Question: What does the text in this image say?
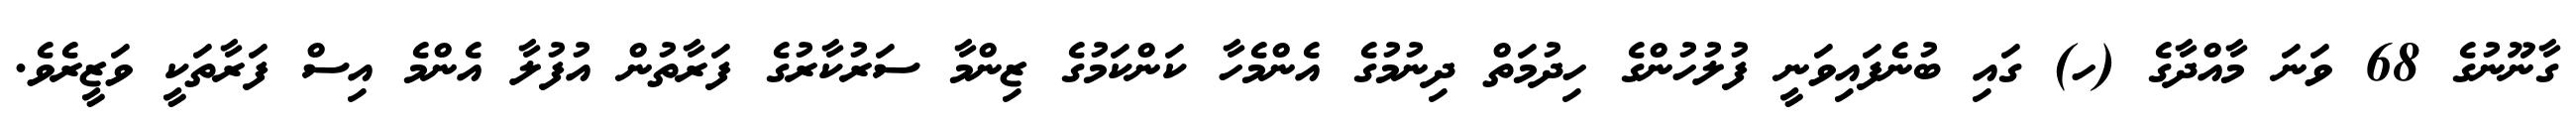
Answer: ގާނޫނުގެ 68 ވަނަ މާއްދާގެ (ހ) ގައި ބުނެފައިވަނީ ފުލުހުންގެ ހިދުމަތް ދިނުމުގެ އެންމެހާ ކަންކަމުގެ ޒިންމާ ސަރުކާރުގެ ފަރާތުން އުފުލާ އެންމެ އިސް ފަރާތަކީ ވަޒީރެވެ.